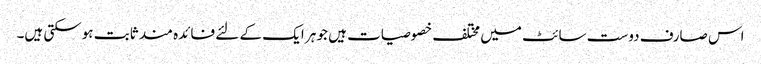
اس صارف دوست سائٹ میں مختلف خصوصیات ہیں جو ہر ایک کے لئے فائدہ مند ثابت ہوسکتی ہیں۔